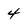
Character: 4